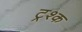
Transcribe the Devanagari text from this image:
ट्रश्क